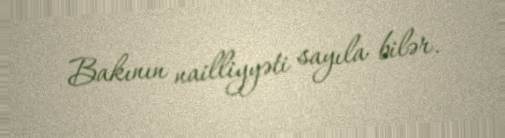
Bakının nailliyyəti sayıla bilər.